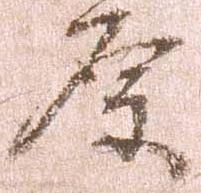
原